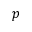
p